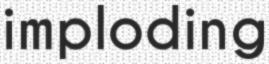
imploding